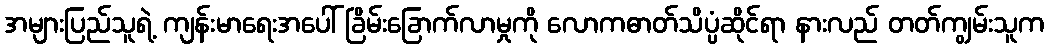
အများပြည်သူရဲ့ ကျန်းမာရေးအပေါ် ခြိမ်းခြောက်လာမှုကို လောကဓာတ်သိပ္ပံဆိုင်ရာ နားလည် တတ်ကျွမ်းသူက